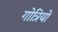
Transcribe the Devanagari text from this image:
गोत्रियों